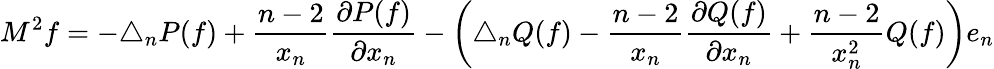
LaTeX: M^{2}f=-\triangle_{n}P(f)+{\frac{n-2}{x_{n}}}{\frac{\partial P(f)}{\partial x_{n}}}-\left(\triangle_{n}Q(f)-{\frac{n-2}{x_{n}}}{\frac{\partial Q(f)}{\partial x_{n}}}+{\frac{n-2}{x_{n}^{2}}}Q(f)\right)e_{n}